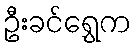
ဦးခင်ရွှေက